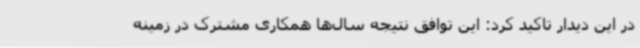
در این دیدار تاکید کرد: این توافق نتیجه سال‌ها همکاری مشترک در زمینه